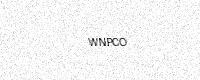
Text: WNPCO